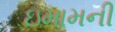
ઇમામની